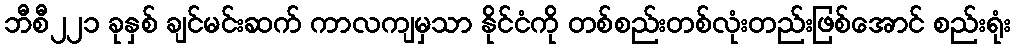
ဘီစီ၂၂၁ ခုနှစ် ချင်မင်းဆက် ကာလကျမှသာ နိုင်ငံကို တစ်စည်းတစ်လုံးတည်းဖြစ်အောင် စည်းရုံး